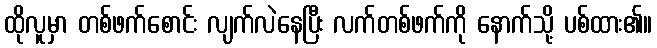
ထိုလူမှာ တစ်ဖက်စောင်း လျက်လဲနေပြီး လက်တစ်ဖက်ကို နောက်သို့ ပစ်ထား၏။